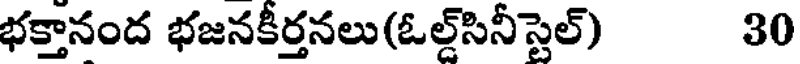
భక్తానంద భజనకీర్తనలు(ఓల్డ్సినీస్టెల్) 30